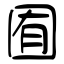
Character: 囿